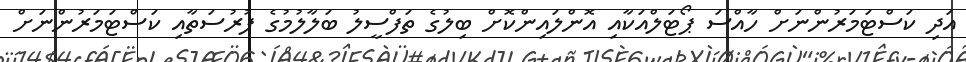
އަދި ކަސްޓަމަރުންނަށް ހާއްސަ ޕޯޓަލްއަކާއި އޮންލައިންކޮށް ބިލުގެ ތަފްސީލު ބަލާލުމުގެ ފުރުސަތާއި ކަސްޓަމަރުންނަށް